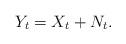
LaTeX: \begin{align*}Y_t=X_t +N_t.\end{align*}